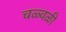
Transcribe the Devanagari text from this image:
चळ्वळी